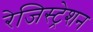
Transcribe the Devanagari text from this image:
रेजिस्ट्रेशन